Civil Veterinary Dept. Bombay admin report 1893-99 - 1893-1899
Year: 1893
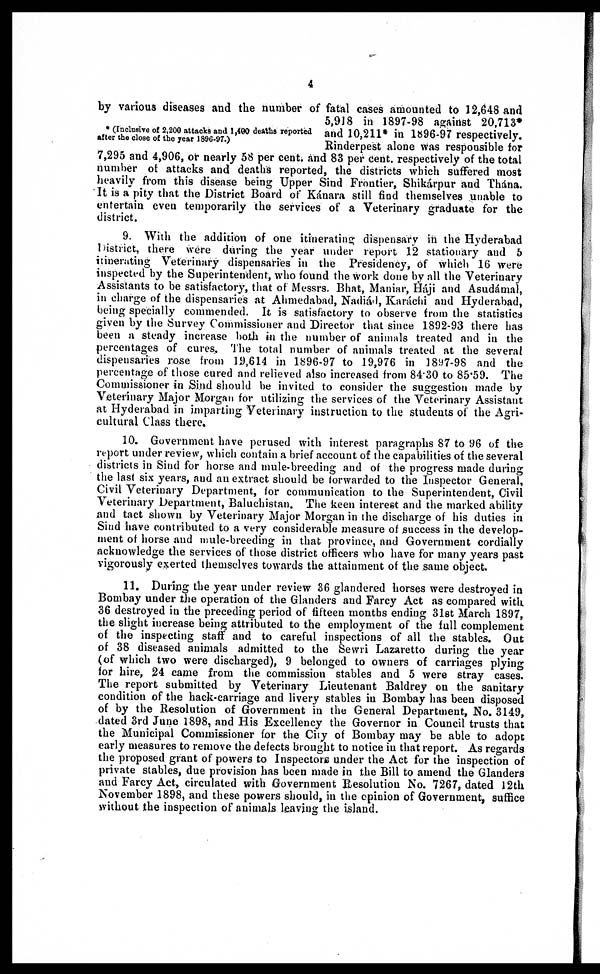
4
* (Inclusive of 2,200 attacks and 1,400 deaths reported
after the close of the year 1896-97.)
by various diseases and the number of fatal cases amounted to 12,648 and
5,918 in 1897-98 against 20,713*
and 10,211* in 1896-97 respectively.
Rinderpest alone was responsible for
7,295 and 4,906, or nearly 58 per cent. and 83 per cent. respectively of the total
number of attacks and deaths reported, the districts which suffered most
heavily from this disease being Upper Sind Frontier, Shikárpur and Thana.
It is a pity that the District Board of Kánara still find themselves unable to
entertain even temporarily the services of a Veterinary graduate for the
district.
9. With the addition of one itinerating dispensary in the Hyderabad
District, there were during the year under report 12 stationary and 5
itinerating Veterinary dispensaries in the Presidency, of which 16 were
inspected by the Superintendent, who found the work done by all the Veterinary
Assistants to be satisfactory, that of Messrs. Bhat, Maniar, Háji and Asudámal,
in charge of the dispensaries at Ahmedabad, Nadiál, Karáchi and Hyderabad,
being specially commended. It is satisfactory to observe from the statistics
given by the Survey Commissioner and Director that since 1892-93 there has
been a steady increase both in the number of animals treated and in the
percentages of cures. The total number of animals treated at the several
dispensaries rose from 19,614 in 1896-97 to 19,976 in 1897-98 and the
percentage of those cured and relieved also increased from 84'30 to 85.59. The
Commissioner in Sind should be invited to consider the suggestion made by
Veterinary Major Morgan for utilizing the services of the Veterinary Assistant
at Hyderabad in imparting Veterinary instruction to the students of the Agri-
cultural Class there.
10. Government have perused with interest paragraphs 87 to 96 of the
report under review, which contain a brief account of the capabilities of the several
districts in Sind for horse and mule-breeding and of the progress made during
the last six years, and an extract should be forwarded to the Inspector General,
Civil Veterinary Department, for communication to the Superintendent, Civil
Veterinary Department, Baluchistan. The keen interest and the marked ability
and tact shown by Veterinary Major Morgan in the discharge of his duties in
Sind have contributed to a very considerable measure of success in the develop-
ment of horse and mule-breeding in that province, and Government cordially
acknowledge the services of those district officers who have for many years past
vigorously exerted themselves towards the attainment of the same object.
11. During the year under review 36 glandered horses were destroyed in
Bombay under the operation of the Glanders and Farcy Act as compared with
36 destroyed in the preceding period of fifteen months ending 31st March 1897,
the slight increase being attributed to the employment of the full complement
of the inspecting staff and to careful inspections of all the stables. Out
of 38 diseased animals admitted to the Sewri Lazaretto during the year
(of which two were discharged), 9 belonged to owners of carriages plying
for hire, 24 came from the commission stables and 5 were stray cases.
The report submitted by Veterinary Lieutenant Baldrey on the sanitary
condition of the hack-carriage and livery stables in Bombay has been disposed
of by the Resolution of Government in the General Department, No. 3149,
dated 3rd June 1898, and His Excellency the Governor in Council trusts that
the Municipal Commissioner for the City of Bombay may be able to adopt
early measures to remove the defects brought to notice in that report. As regards
the proposed grant of powers to Inspectors under the Act for the inspection of
private stables, due provision has been made in the Bill to amend the Glanders
and Farcy Act, circulated with Government Resolution No. 7267, dated 12th
November 1898, and these powers should, in the opinion of Government, suffice
without the inspection of animals leaving the island.